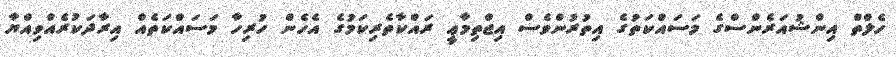
ހެލްތް އިންޝުއަރެންސްގެ މަސައްކަތުގެ އިތުރުންވެސް އިޖްތިމާޢީ ރައްކާތެރިކަމުގެ އެހެން ހުރިހާ މަސައްކަތެއް އިރާދަކުރެއްވިއްޔާ